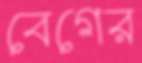
বেগের